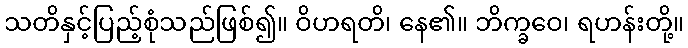
သတိနှင့်ပြည့်စုံသည်ဖြစ်၍။ ဝိဟရတိ၊ နေ၏။ ဘိက္ခဝေ၊ ရဟန်းတို့။